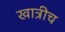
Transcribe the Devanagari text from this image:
खात्रीच